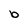
Character: b